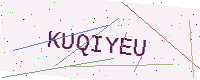
Text: KUQIYEU